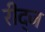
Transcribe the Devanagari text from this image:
रीद्ज